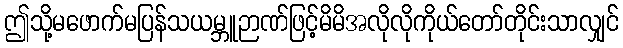
ဤသို့မဖောက်မပြန်သယမ္ဘူဉာဏ်ဖြင့်မိမိအလိုလိုကိုယ်တော်တိုင်းသာလျှင်